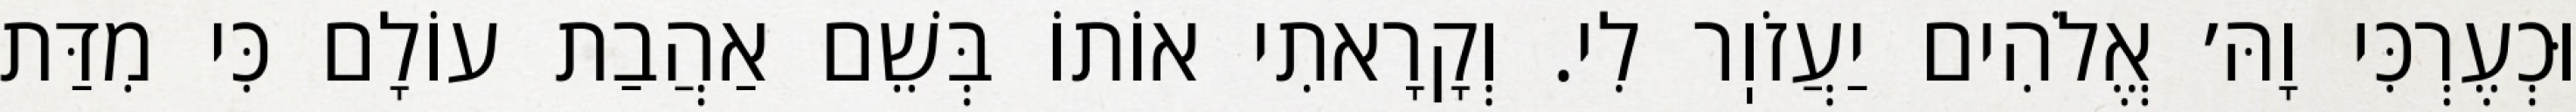
וּכְעֶרְכִּי וָהּ׳ אֱלֹהִים יַעֲזֹוֽר לִי. וְקָרָאתִי אוֹתוֹ בְּשֵׁם אַהֲבַת עוֹלָם כִּי מִדַּת